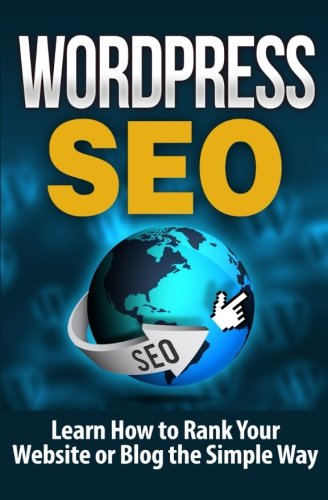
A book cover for WordPress SEO: Learn How to Rank Your Website or Blog the Simple Way (Volume 1); Terence Lawfield; Computers & Technology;